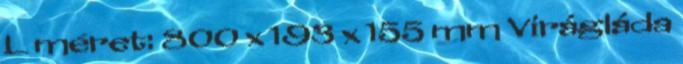
L méret: 800 x 193 x 155 mm Virágláda